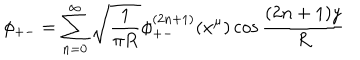
LaTeX: \phi _ { + - } = \sum _ { n = 0 } ^ { \infty } \sqrt { \frac { 1 } { \pi R } } \phi _ { + - } ^ { ( 2 n + 1 ) } ( x ^ { \mu } ) \cos \frac { ( 2 n + 1 ) y } { R }